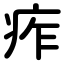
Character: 痄